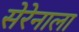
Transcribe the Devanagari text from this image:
सेरेनाला